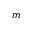
m